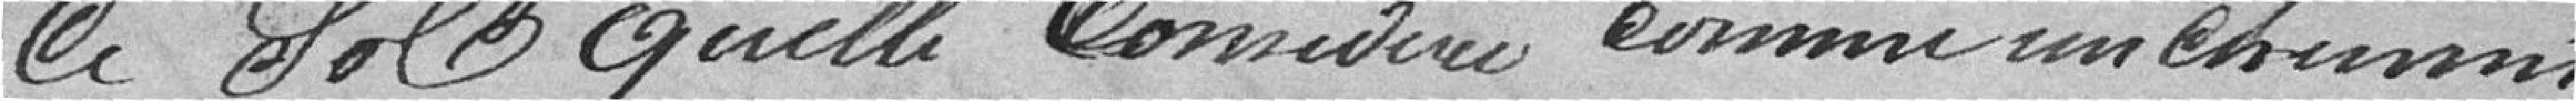
le sol qu'elle considère comme un chemin